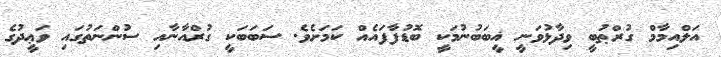
އަލްއިމާމް ގުރްޠުބީ ވިދާޅުވަނީ ޣީބަބުނުމަކީ ބޮޑުފާފައެއް ކަމަށެވެ. ސަބަބަކީ ގުރްއާނާއި ސުންނަތުގައި ވަޢީދުގެ